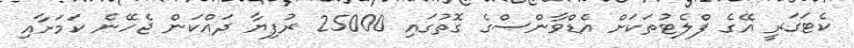
ކެޓަގަރީ އޭގެ ފްލެޓުތަކަށް އެޑްވާންސްގެ ގޮތުގައި 25000 ރުފިޔާ ދައްކަން ޖެހޭނެ ކަމަށާއި